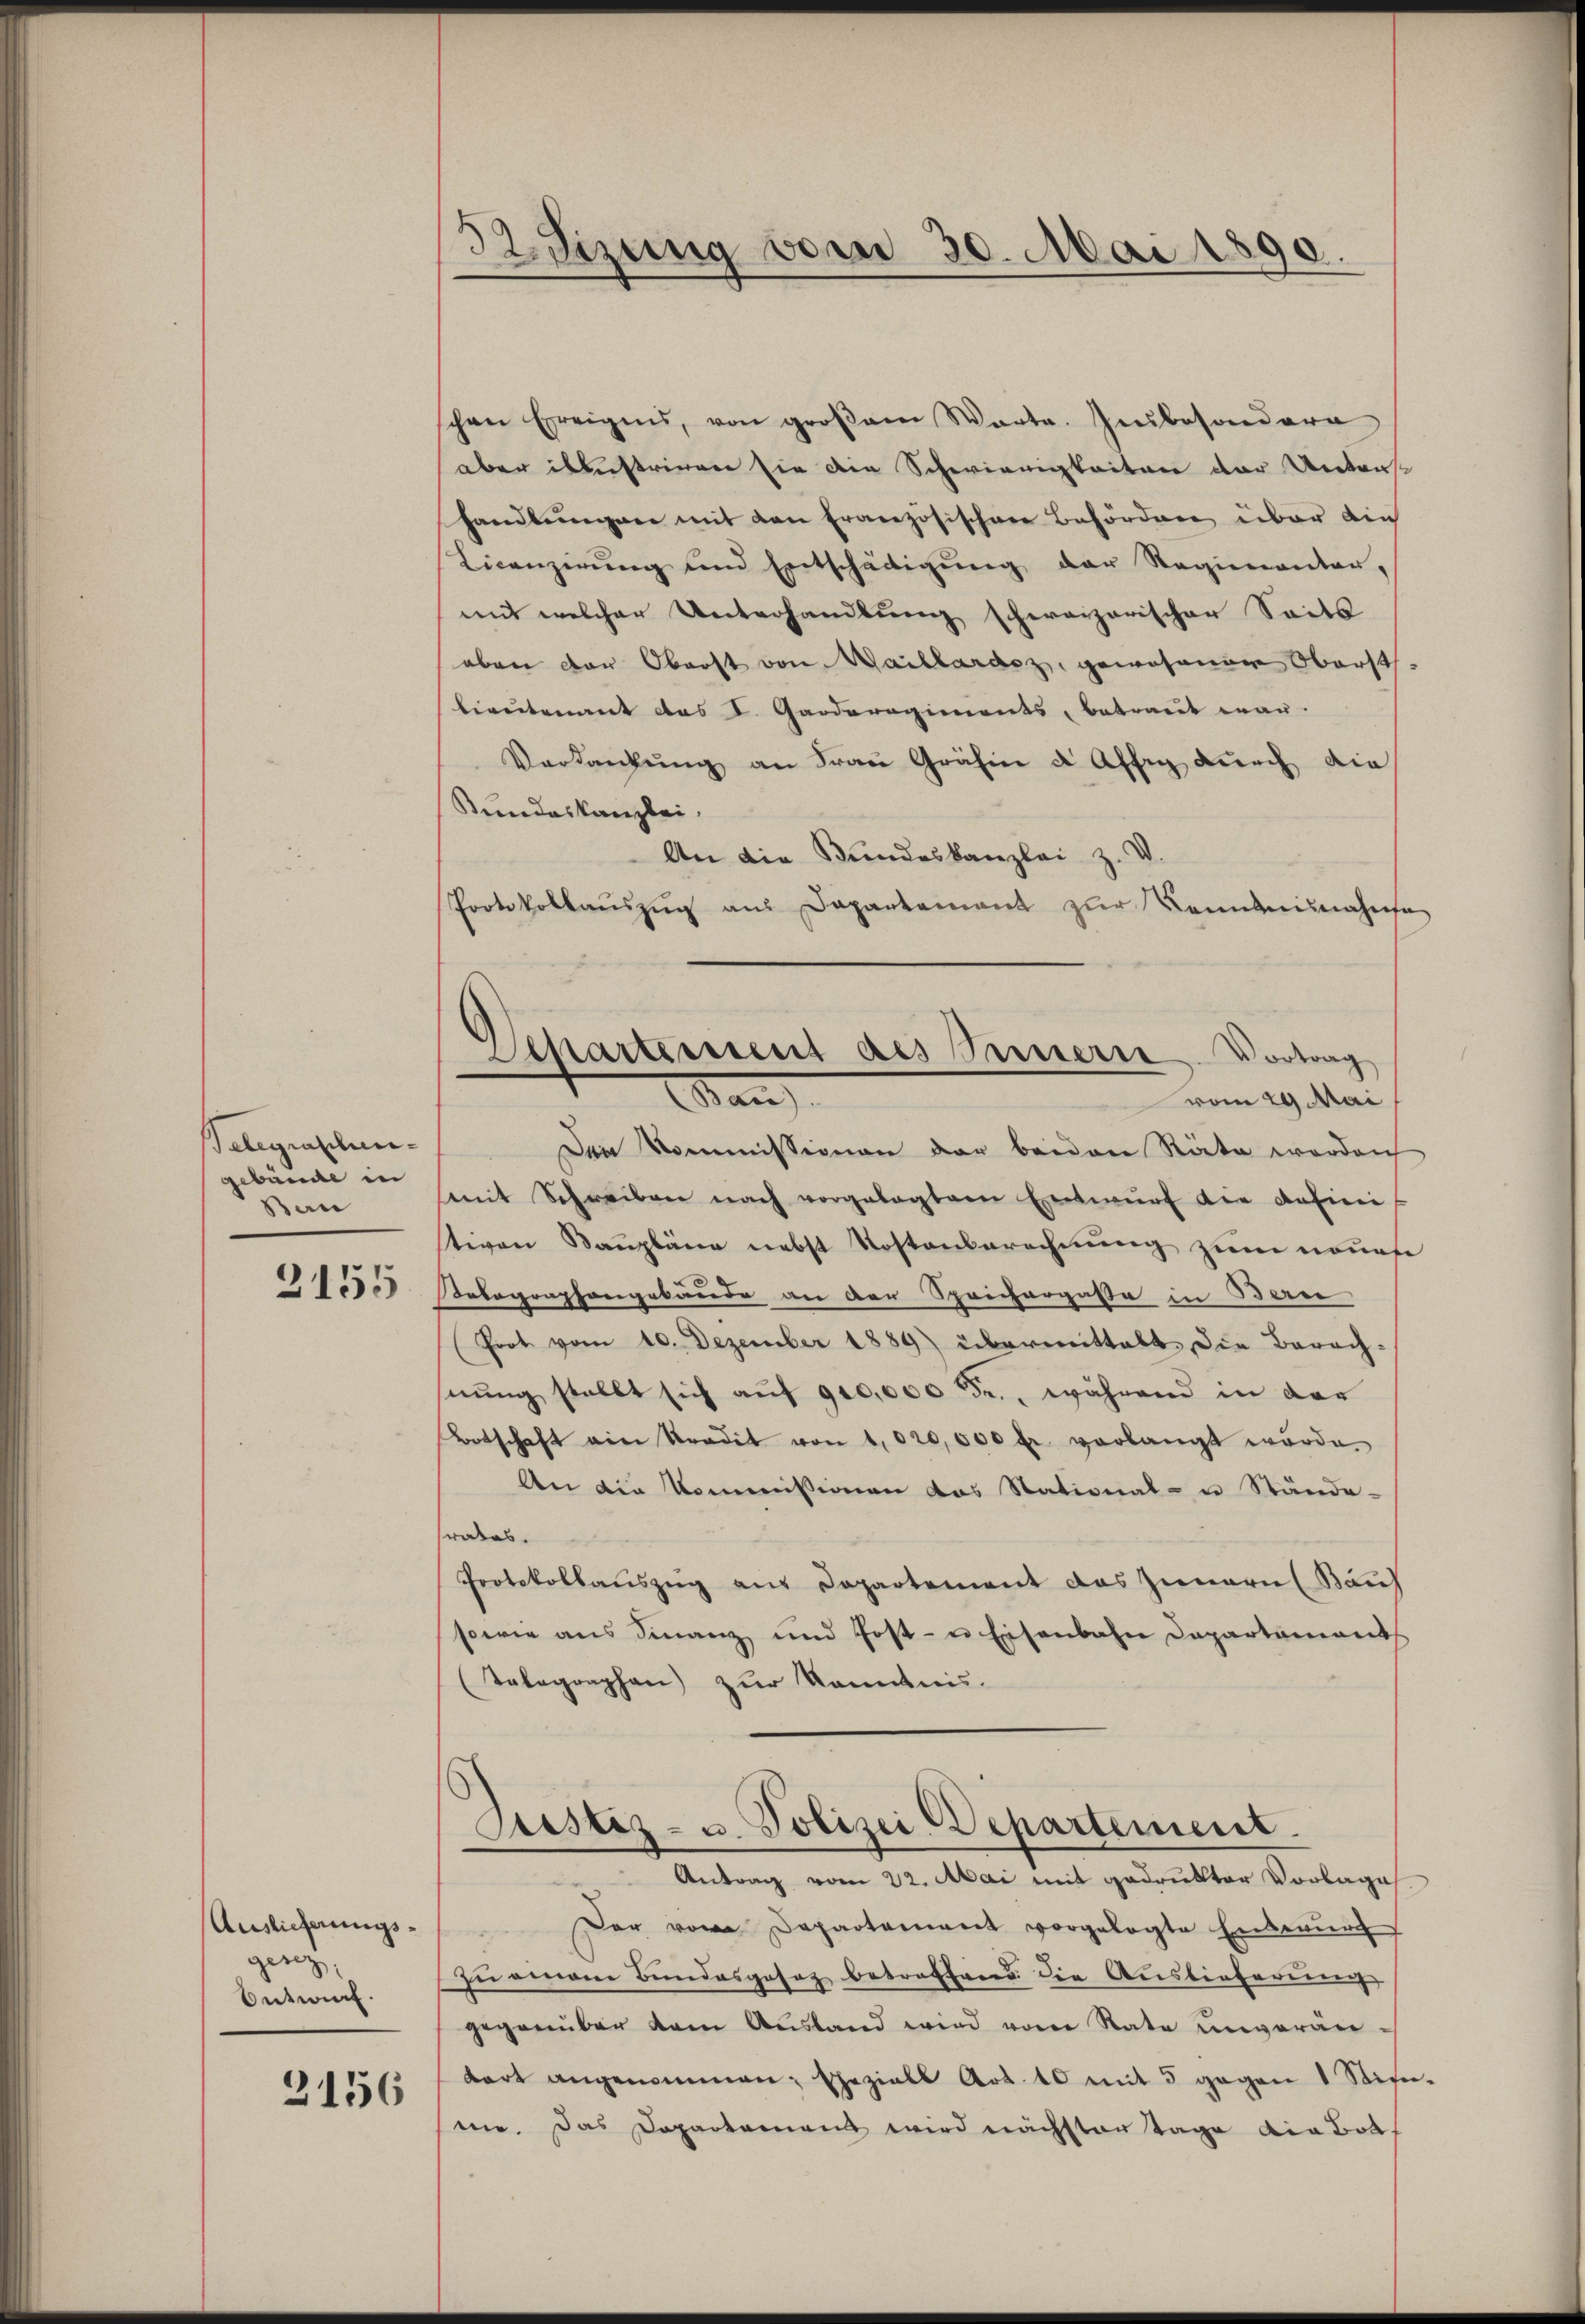
Belegraschun
gebäude in
Ban
2155

Auslieferungsgenz,
Entwurf.

3156

32. Sizung vom 30. Mai 1890.

schen Ereigens, von groβam Warte. Insbesondern
aber bestrigen sie die Schwierigkeiten der Unters
handlungen mit den Französischen Behörden über die
Licenzirŭng und Entschädigŭng der Regienanter-
mit welcher Unterhandlung schweizerischer Seits
oben der Oberst von Maillardoz, gewesenen Oberstbireitenant des L. Garderogiments, betraut war.
Verdankŭng an Frau Gräfin d Affig dŭrch die
Kundeskanzlei.
An die Bundeskanzlei z. V.
Protokollaŭszŭg aŭs Departement zŭr Kenntnisnahmsa
Den Kommissionen der beiden Räte worden
mit Schreiben nach vorgelegtem Entwŭrf die defini
tiven Baupläne nebst Kostenberechnung zum neues
Bolographengebäude an der Spricherpasse in Bern
Prot. vom 10. Dezember 1889) übermittalt die Barachhnŭng stellt sich auf 900,000 Fr., während in der
Botschaft ein tradit von 1,020,000 fr. vorlangt wurde.
An die Kommissionen das Stational- u Stände-
rates.
Protokollauszug aus Departement das Innern (Bauf
sowie aus Finanz und Post- u Eisenbahn Departements
(Telegraphen) zur Kenntnis.
Destiz- u. Polizei Departement.
Antrag vom 22. Mai mit gedrukter Vorlages
Der vom Departement vorgelegte Entwurf
zu einem Bundesgesez betroffend die Auslieferung
gegenüber dem Austand wird vom Rate unveränbort angenommen: Eheziell Art. 10 mit 5 gegen 1 Stirn,
mie. Das Departement wird nächster Tage die Bots

Separtement des Innern Vortrag
Man
vom 29. Mai